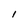
Character: l